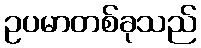
ဥပမာတစ်ခုသည်